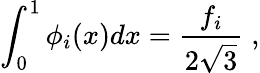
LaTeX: \int_{0}^{1}\phi_{i}(x)dx=\frac{f_{i}}{2\sqrt{3}}\; ,